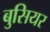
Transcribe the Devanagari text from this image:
बुसियर